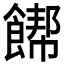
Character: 𲋞